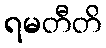
ရမတီတိ